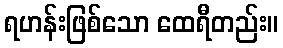
ရဟန်းဖြစ်သော ထေရီတည်း။